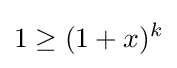
1\geq (1+x)^{k}